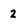
Character: 2